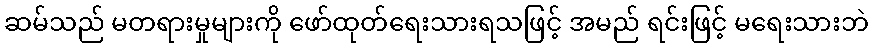
ဆမ်သည် မတရားမှုများကို ဖော်ထုတ်ရေးသားရသဖြင့် အမည် ရင်းဖြင့် မရေးသားဘဲ